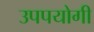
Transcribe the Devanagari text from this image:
उपपयोगी